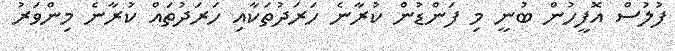
ފުލުސް އޮފީހުން ބުނީ މި ފަންޑުން ކުރާނެ ހަރަދުތަކާއި ހަރަދުތައް ކުރާނެ މިންވަރު